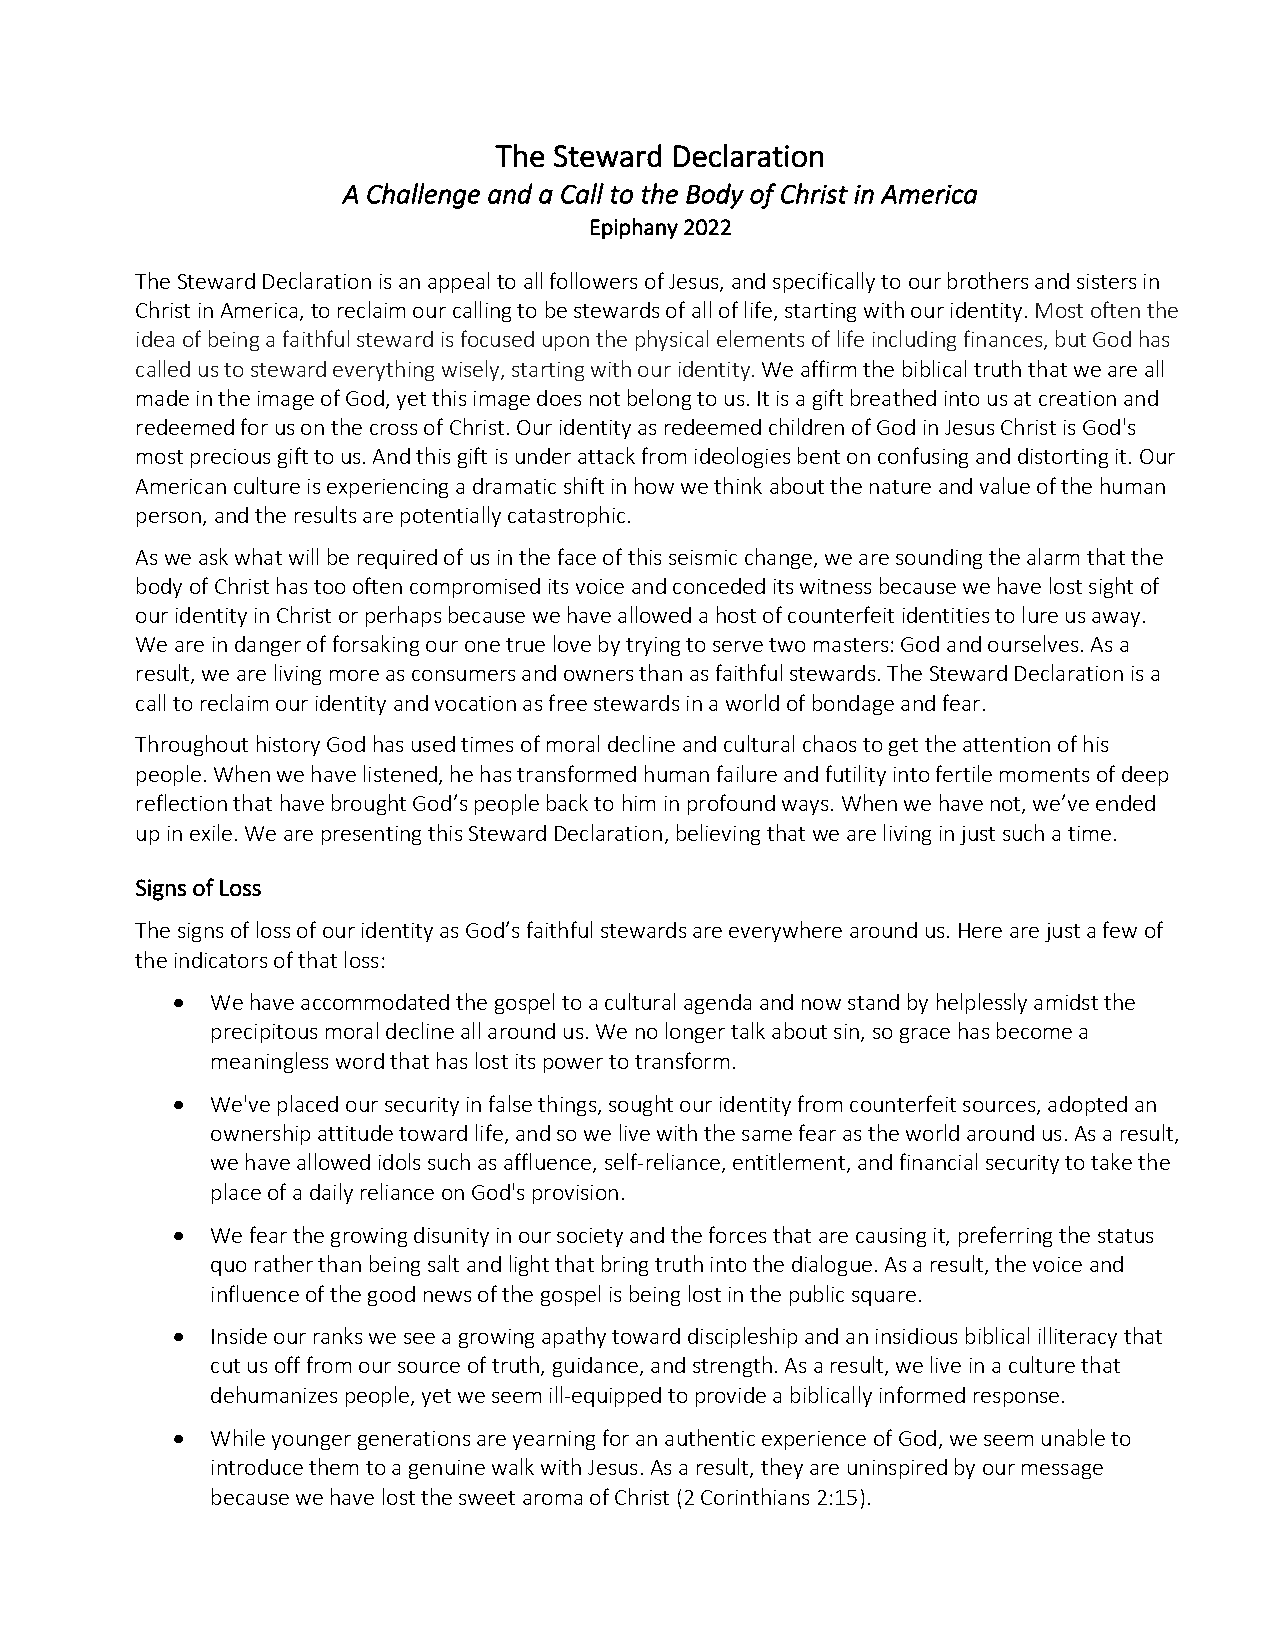
The Steward Declaration
 A Challenge and a Call to the Body of Christ in America
 Epiphany 2022
 The Steward Declaration is an appeal to all followers of Jesus, and specifically to our brothers and sisters in
 Christ in America, to reclaim our calling to be stewards of all of life, starting with our identity. Most often the
 idea of being a faithful steward is focused upon the physical elements of life including finances, but God has
 called us to steward everything wisely, starting with our identity. We affirm the biblical truth that we are all
 made in the image of God, yet this image does not belong to us. It is a gift breathed into us at creation and
 redeemed for us on the cross of Christ. Our identity as redeemed children of God in Jesus Christ is God's
 most precious gift to us. And this gift is under attack from ideologies bent on confusing and distorting it. Our
 American culture is experiencing a dramatic shift in how we think about the nature and value of the human
 person, and the results are potentially catastrophic.
 As we ask what will be required of us in the face of this seismic change, we are sounding the alarm that the
 body of Christ has too often compromised its voice and conceded its witness because we have lost sight of
 our identity in Christ or perhaps because we have allowed a host of counterfeit identities to lure us away.
 We are in danger of forsaking our one true love by trying to serve two masters: God and ourselves. As a
 result, we are living more as consumers and owners than as faithful stewards. The Steward Declaration is a
 call to reclaim our identity and vocation as free stewards in a world of bondage and fear.
 Throughout history God has used times of moral decline and cultural chaos to get the attention of his
 people. When we have listened, he has transformed human failure and futility into fertile moments of deep
 reflection that have brought God’s people back to him in profound ways. When we have not, we’ve ended
 up in exile. We are presenting this Steward Declaration, believing that we are living in just such a time.
 Signs of Loss
 The signs of loss of our identity as God’s faithful stewards are everywhere around us. Here are just a few of
 the indicators of that loss:
 •  We have accommodated the gospel to a cultural agenda and now stand by helplessly amidst the
 precipitous moral decline all around us. We no longer talk about sin, so grace has become a
 meaningless word that has lost its power to transform.
 •  We've placed our security in false things, sought our identity from counterfeit sources, adopted an
 ownership attitude toward life, and so we live with the same fear as the world around us. As a result,
 we have allowed idols such as affluence, self-reliance, entitlement, and financial security to take the
 place of a daily reliance on God's provision.
 •  We fear the growing disunity in our society and the forces that are causing it, preferring the status
 quo rather than being salt and light that bring truth into the dialogue. As a result, the voice and
 influence of the good news of the gospel is being lost in the public square.
 •  Inside our ranks we see a growing apathy toward discipleship and an insidious biblical illiteracy that
 cut us off from our source of truth, guidance, and strength. As a result, we live in a culture that
 dehumanizes people, yet we seem ill-equipped to provide a biblically informed response.
 •  While younger generations are yearning for an authentic experience of God, we seem unable to
 introduce them to a genuine walk with Jesus. As a result, they are uninspired by our message
 because we have lost the sweet aroma of Christ (2 Corinthians 2:15).